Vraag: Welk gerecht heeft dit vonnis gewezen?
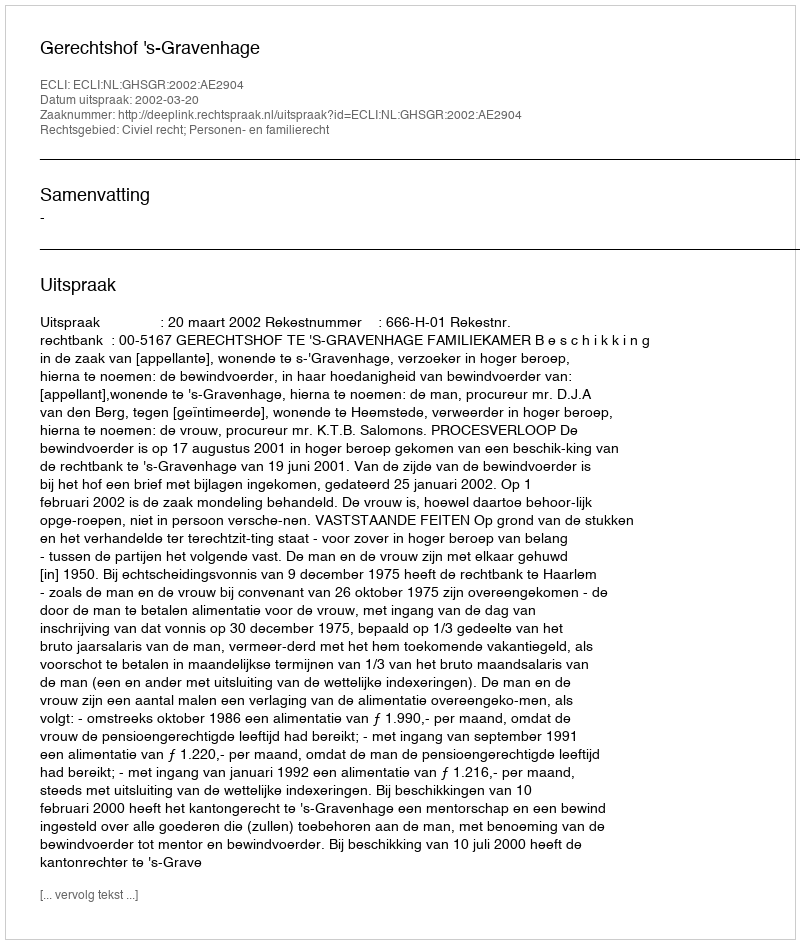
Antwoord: Gerechtshof 's-Gravenhage